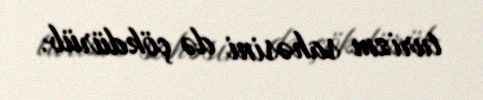
turizm sahəsini də çökdürüb.